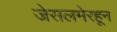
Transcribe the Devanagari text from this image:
जेसलमेरहून